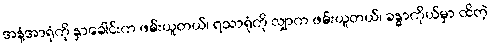
အနံ့အာရုံကို နှာခေါင်းက ဖမ်းယူတယ်၊ ရသာရုံကို လျှာက ဖမ်းယူတယ်၊ ခန္ဓာကိုယ်မှာ ထိတဲ့